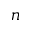
n